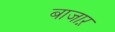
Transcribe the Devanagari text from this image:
बाजाऱ